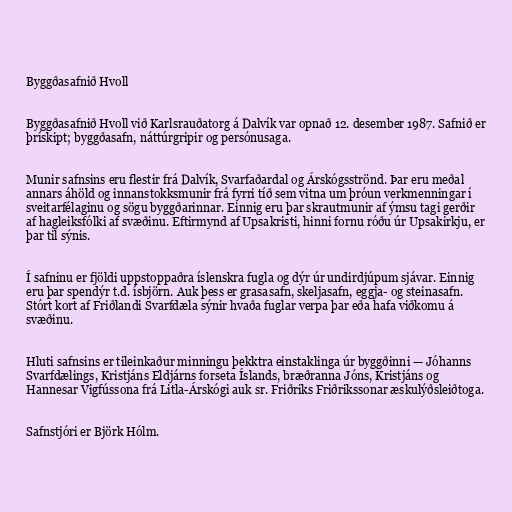
Byggðasafnið Hvoll

Byggðasafnið Hvoll við Karlsrauðatorg á Dalvík var opnað 12. desember 1987. Safnið er
þrískipt; byggðasafn, náttúrgripir og persónusaga.

Munir safnsins eru flestir frá Dalvík, Svarfaðardal og Árskógsströnd. Þar eru meðal
annars áhöld og innanstokksmunir frá fyrri tíð sem vitna um þróun verkmenningar í
sveitarfélaginu og sögu byggðarinnar. Einnig eru þar skrautmunir af ýmsu tagi gerðir
af hagleiksfólki af svæðinu. Eftirmynd af Upsakristi, hinni fornu róðu úr Upsakirkju, er
þar til sýnis.

Í safninu er fjöldi uppstoppaðra íslenskra fugla og dýr úr undirdjúpum sjávar. Einnig
eru þar spendýr t.d. ísbjörn. Auk þess er grasasafn, skeljasafn, eggja- og steinasafn.
Stórt kort af Friðlandi Svarfdæla sýnir hvaða fuglar verpa þar eða hafa viðkomu á
svæðinu.

Hluti safnsins er tileinkaður minningu þekktra einstaklinga úr byggðinni — Jóhanns
Svarfdælings, Kristjáns Eldjárns forseta Íslands, bræðranna Jóns, Kristjáns og
Hannesar Vigfússona frá Litla-Árskógi auk sr. Friðriks Friðrikssonar æskulýðsleiðtoga.

Safnstjóri er Björk Hólm.